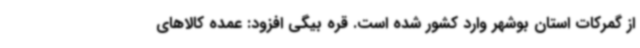
از گمرکات استان بوشهر وارد کشور شده است. قره بیگی افزود: عمده کالاهای